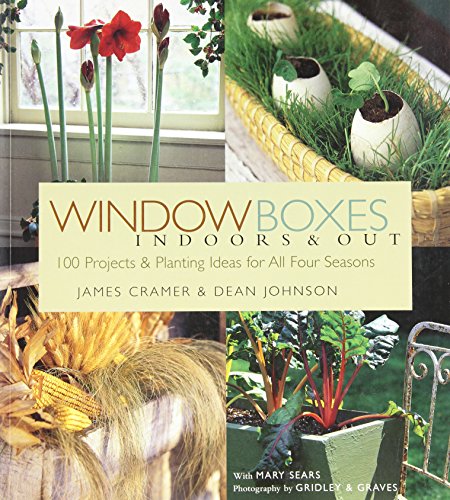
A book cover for Window Boxes: Indoors & Out; James Cramer; Crafts, Hobbies & Home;